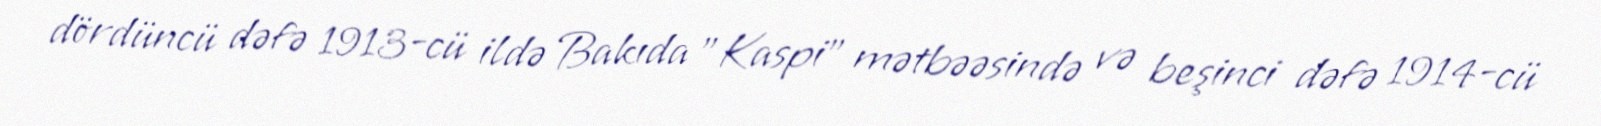
dördüncü dəfə 1913-cü ildə Bakıda "Kaspi" mətbəəsində və beşinci dəfə 1914-cü